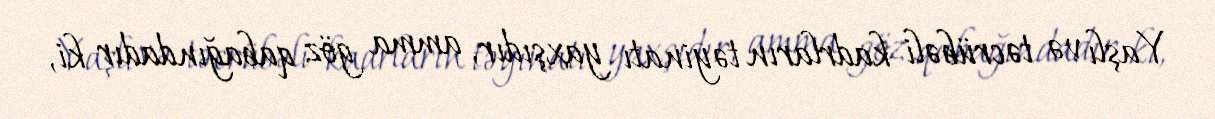
Yaşlı və təcrübəli kadrların təyinatı yaxşıdır, amma göz qabağındadır ki,